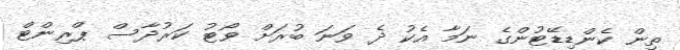
ތިން ކެންޑިޑޭޓުންގެ ނަމާ އެކު ދެ ވަނަ ބުރަށް ވޯޓު ކަރުދާސް ޕްރިންޓް